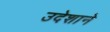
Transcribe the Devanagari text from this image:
उदेशाने